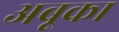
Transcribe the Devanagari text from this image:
अबूका